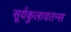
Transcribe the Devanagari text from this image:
सूर्यकुलावतन्स